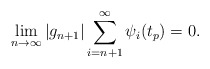
\begin{align*}\lim_{n \to \infty} |g_{n+1}| \sum_{i=n+1}^{\infty} \psi_i(t_p) =0.\end{align*}